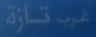
غيرّ تازة